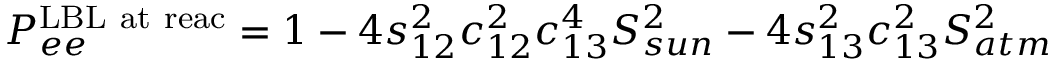
P _ { e e } ^ { \mathrm { L B L ~ a t ~ r e a c } } = 1 - 4 s _ { 1 2 } ^ { 2 } c _ { 1 2 } ^ { 2 } c _ { 1 3 } ^ { 4 } S _ { s u n } ^ { 2 } - 4 s _ { 1 3 } ^ { 2 } c _ { 1 3 } ^ { 2 } S _ { a t m } ^ { 2 }